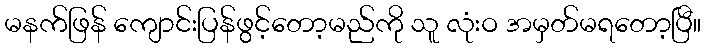
မနက်ဖြန် ကျောင်းပြန်ဖွင့်တော့မည်ကို သူ လုံးဝ အမှတ်မရတော့ပြီ။